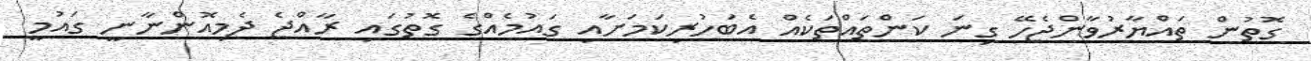
ގޮތުން ތައްޔާރުވާންޖެހޭ ގިނަ ކަންތައްތަކެއް އެބަހުރިކަމަށާއި ގައުމެއްގެ ގޮތުގައި ރާއްޖެ ދެމިއޮންނާނީ ގައުމީ